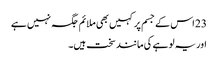
23 اس کے جسم پر کہیں بھی ملائم جگہ نہیں ہے
اور یہ لو ہے کی مانند سخت ہیں۔